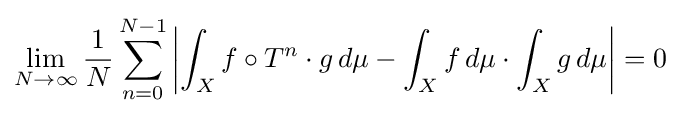
\lim _{N\to \infty }{1 \over N}\sum _{n=0}^{N-1}\left|\int _{X}f\circ T^{n}\cdot g\,d\mu -\int _{X}f\,d\mu \cdot \int _{X}g\,d\mu \right|=0